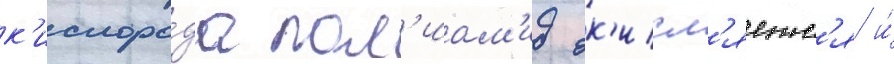
к'ислоро́да пол'иам'ид ок'исл'яетс'я и́